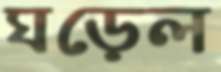
ঘড়েল